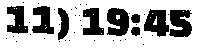
11) 19:45